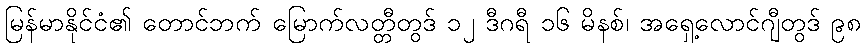
မြန်မာနိုင်ငံ၏ တောင်ဘက် မြောက်လတ္တီတွဒ် ၁၂ ဒီဂရီ ၁၆ မိနစ်၊ အရှေ့လောင်ဂျီတွဒ် ၉၈